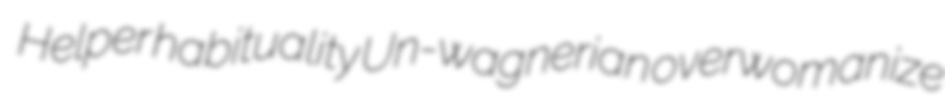
Helper habituality Un-wagnerian overwomanize